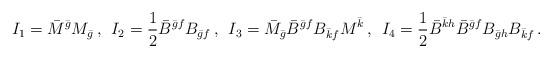
LaTeX: \begin{align*}I_1=\bar M^{\bar g} M_{\bar g}\,,\;\, I_2=\frac 1 2 \bar B^{\bar g f} B_{\bar gf}\,,\;\, I_3=\bar M_{\bar g}\bar B^{\bar g f}B_{\bar k f}M^{\bar k}\,,\;\,I_4=\frac 1 2 \bar B^{\bar k h} \bar B^{\bar g f} B_{\bar g h} B_{\bar k f}\,.\end{align*}